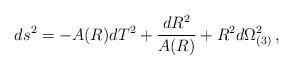
LaTeX: \begin{align*}ds^2=-A(R)dT^2+{dR^2\over A(R)}+R^2d\Omega^2_{(3)}\,,\end{align*}